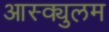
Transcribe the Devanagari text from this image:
आस्क्युलम